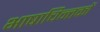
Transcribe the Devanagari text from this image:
भाषाचिन्तकों